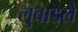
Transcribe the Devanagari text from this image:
लुबाडले